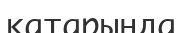
қатарыңда